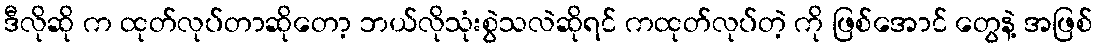
ဒီလိုဆို က ထုတ်လုပ်တာဆိုတော့ ဘယ်လိုသုံးစွဲသလဲဆိုရင် ကထုတ်လုပ်တဲ့ ကို ဖြစ်အောင် တွေနဲ့ အဖြစ်